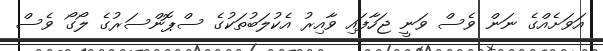
އަވަށެއްގެ ނަން ވެސް ވަނީ ޖަހާފައި ވާއިރު އެކުލަބުތަކުގެ ސްޕޮންސަރުގެ ލޯގޯ ވެސް